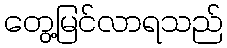
တွေ့မြင်လာရသည်